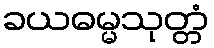
ခယဓမ္မသုတ္တံ